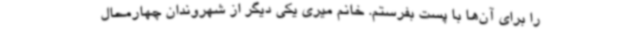
را برای آن‌ها با پست بفرستم. خانم میری یکی دیگر از شهروندان چهارمحال